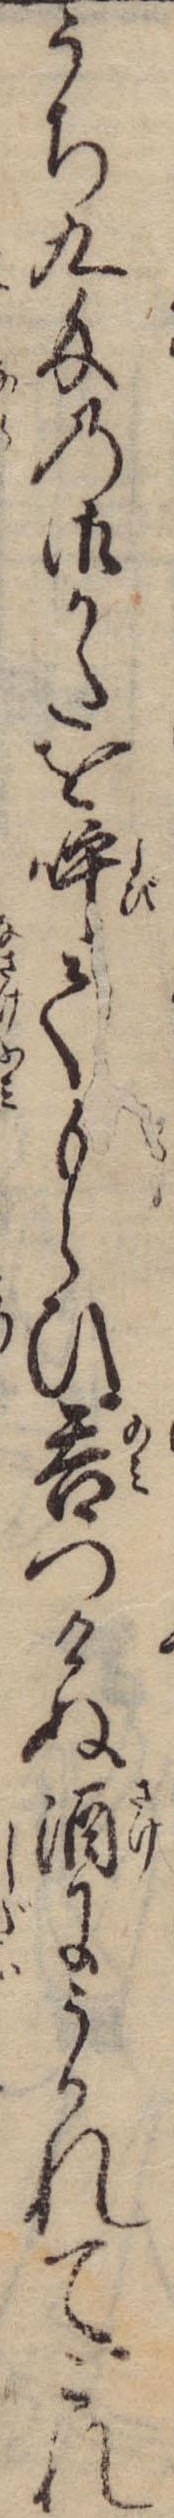
うち九匁の御かたを呼てもらひ呑つけぬ酒にうかれてこれ